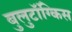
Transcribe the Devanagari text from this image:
बुलुटॉंग्किस